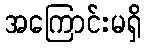
အကြောင်းမရှိ